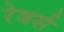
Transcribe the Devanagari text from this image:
रेवर्स